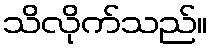
သိလိုက်သည်။